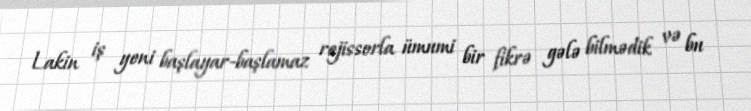
Lakin iş yeni başlayar-başlamaz rejissorla ümumi bir fikrə gələ bilmədik və bu